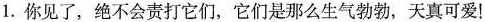
1.你见了，绝不会责打它们，它们是那么生气勃勃，天真可爱！